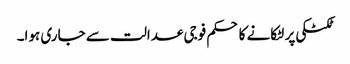
ٹکٹکی پر لٹکانے کا حکم فوجی عدالت سے جاری ہوا۔